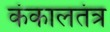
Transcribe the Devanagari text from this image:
कंकालतंत्र